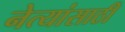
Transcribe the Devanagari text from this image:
नेत्यांसाठी